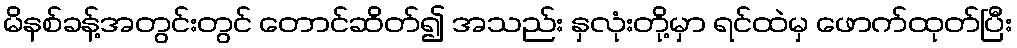
မိနစ်ခန့်အတွင်းတွင် တောင်ဆိတ်၍ အသည်း နှလုံးတို့မှာ ရင်ထဲမှ ဖောက်ထုတ်ပြီး